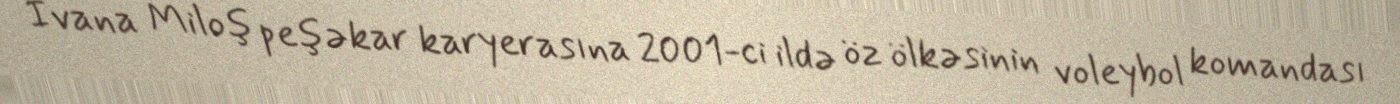
İvana Miloş peşəkar karyerasına 2001-ci ildə öz ölkəsinin voleybol komandası